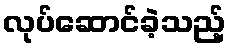
လုပ်ဆောင်ခဲ့သည့်